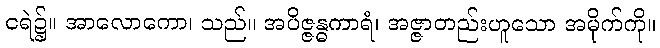
ငရဲ၌။ အာလောကော၊ သည်။ အပိဇ္ဇန္ဓကာရံ၊ အဇ္ဇာတည်းဟူသော အမိုက်ကို။